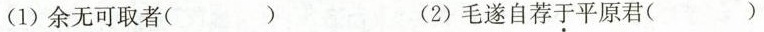
(1)余无可取者( ) (2)毛遂自荐于平原君()